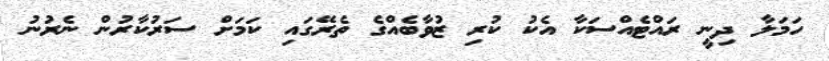
ހަމަލާ ދިނީ ރައްޓެއްސަކާ އެކު ކުރި ޒުވާބެއްގެ ތެރޭގައި ކަމަށް ސަރުކާރުން ނެރުނު